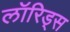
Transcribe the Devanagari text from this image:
लॉरिड्स